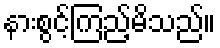
နားစွင့်ကြည့်မိသည်။